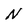
Character: N